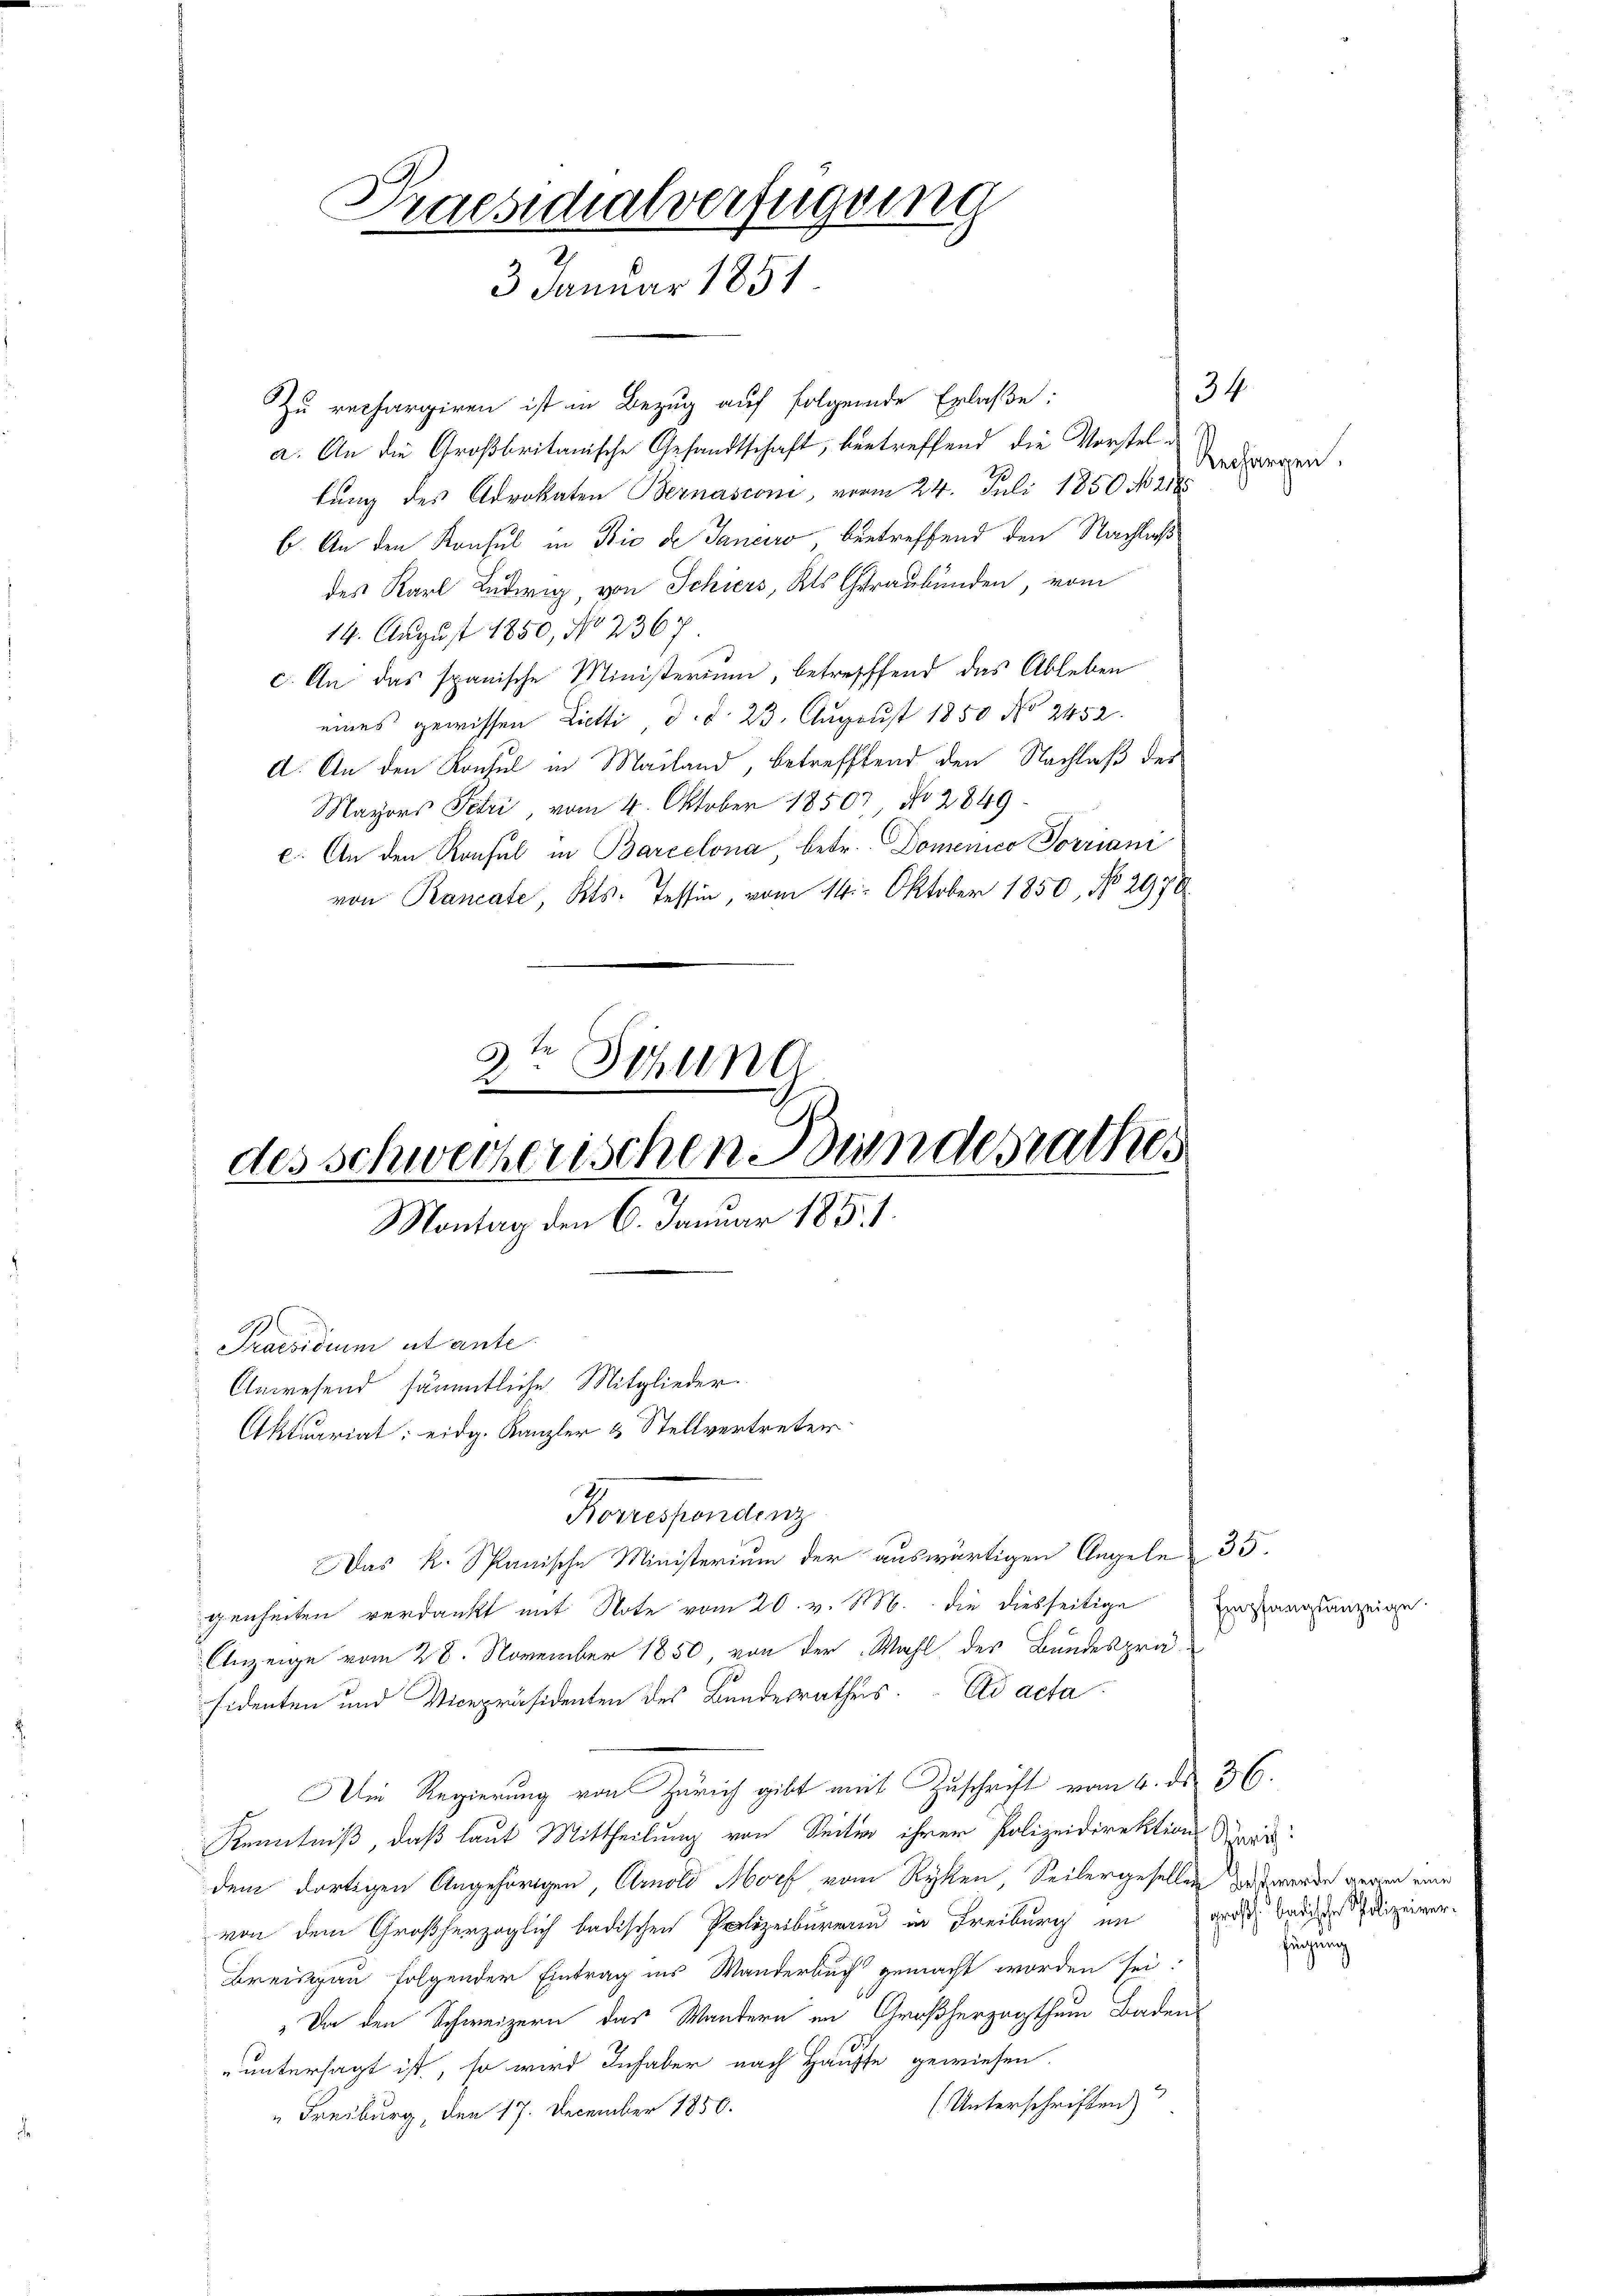
Zu rechargiren ist in Bezug auf folgende Erlaße:
a. An die Großbritanische Gesandtschaft, betreffend die Vorstellung des Advokaten Bernasconi, vom 24. Juli 1850 No 2185
b. An den Konsul in Bic de Janeiro, betreffend den Nachlaß
des Karl Ludwig, von Schiers, als Geraubünden, vom
14. August 1850, No 2367
c. An das spanische Ministerium, betreffend das Ableben
eines gewissen Lietti d. d. 23. August 1850 No 2452.
d. An den Konsul in Mailand, betreffend den Nachlaß der
Mayors Petri vom 4. Oktober 1850 No 2849
e. An den Ronsul in Barcelona, betr. Domenico Jorriani
von Rancate, Kts. Tessin, vom 14. Oktober 1850, No 2970
 Sifun

2
des schweizerischen Bundesrathes.
Montag den 6. Januar 1851.

Praesidialverfügung
3. Januar 1851

Praesidium et ante.
Anwesend sämmtliche Mitglieder
Aktuariat eidg. Kanzler & Stellvertreten.

2
Borrespondenz

Das K. Spanische Ministerium der auswärtigen Angelen 35.
genheiten verdankt mit Note vom 20. v. M. die diesseitige Eingangsanzeige
Anzeige vom 28. November 1850, von der Wahl des Bundesprä-
sidenten und Vicepräsidenten des Bundesrathes. ad acta
Die Regierung von Zürich gibt mit Zuschrift vom 4. ds. 36.
Kenntniß, daß laut Mittheilung von Seiten ihrer Polizeidirektion
dem dortigen Angehörigen, Arnold Morf vom Ryken, Seitergesellen das werde gegen eine
von dem Großherzoglich badischen Polizeiburmand in Freiburg im verst baulizeiver¬
Breisgau folgender Eintrag ins Wanderbuch gemacht worden sei.
Da den Schweizern das Wandern im Großherzogthum Badens
" untersagt ist, so wird Inhaber nach Hausse gewiesen.
(Unterschriften)
" Freiburg, den 17. December 1850.

34
Rechargen.

Zürich:
fügung